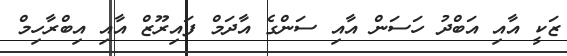
ޒަކީ އާއި އަބްދު ހަސަން އާއި ސަންގެ އާދަމް ފައިރޫޒް އާއި އިބްރާހިމް